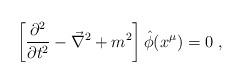
LaTeX: \begin{align*}\left[\frac{\partial^2}{\partial t^2}-\vec{\nabla}^2+m^2\right]\hat{\phi}(x^\mu)=0\ ,\end{align*}